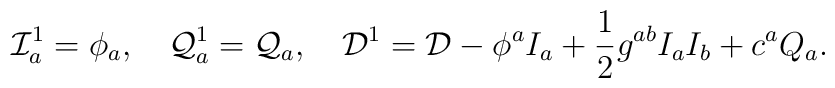
{\cal I}^1_a= \phi_a ,\quad{\cal Q}^1_a={\cal Q}_a ,\quad {\cal D}^1 = {\cal D} -\phi^aI_a +\frac{1}{2}g^{ab}I_a I_b +c^aQ_a.